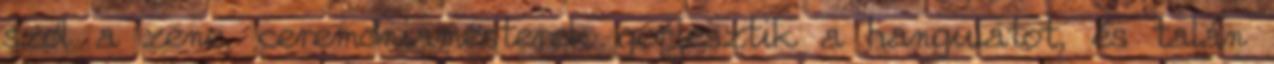
szól a zene, ceremóniamesterek gerjesztik a hangulatot, és talán